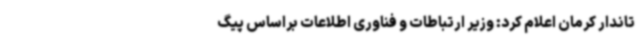
تاندار کرمان اعلام کرد: وزیر ارتباطات و فناوری اطلاعات براساس پیگ